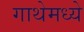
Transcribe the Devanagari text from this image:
गाथेमध्ये